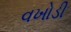
વખોડી